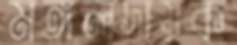
মঙ্গলদায়ক